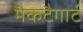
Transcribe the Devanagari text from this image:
मैकटैगार्ट